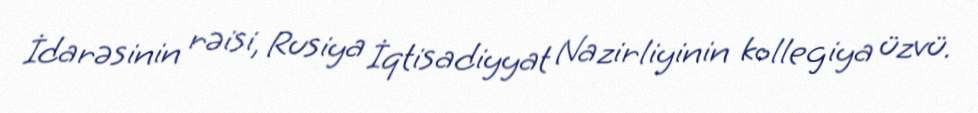
İdarəsinin rəisi, Rusiya İqtisadiyyat Nazirliyinin kollegiya üzvü.